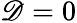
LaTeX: \mathscr{D}=0